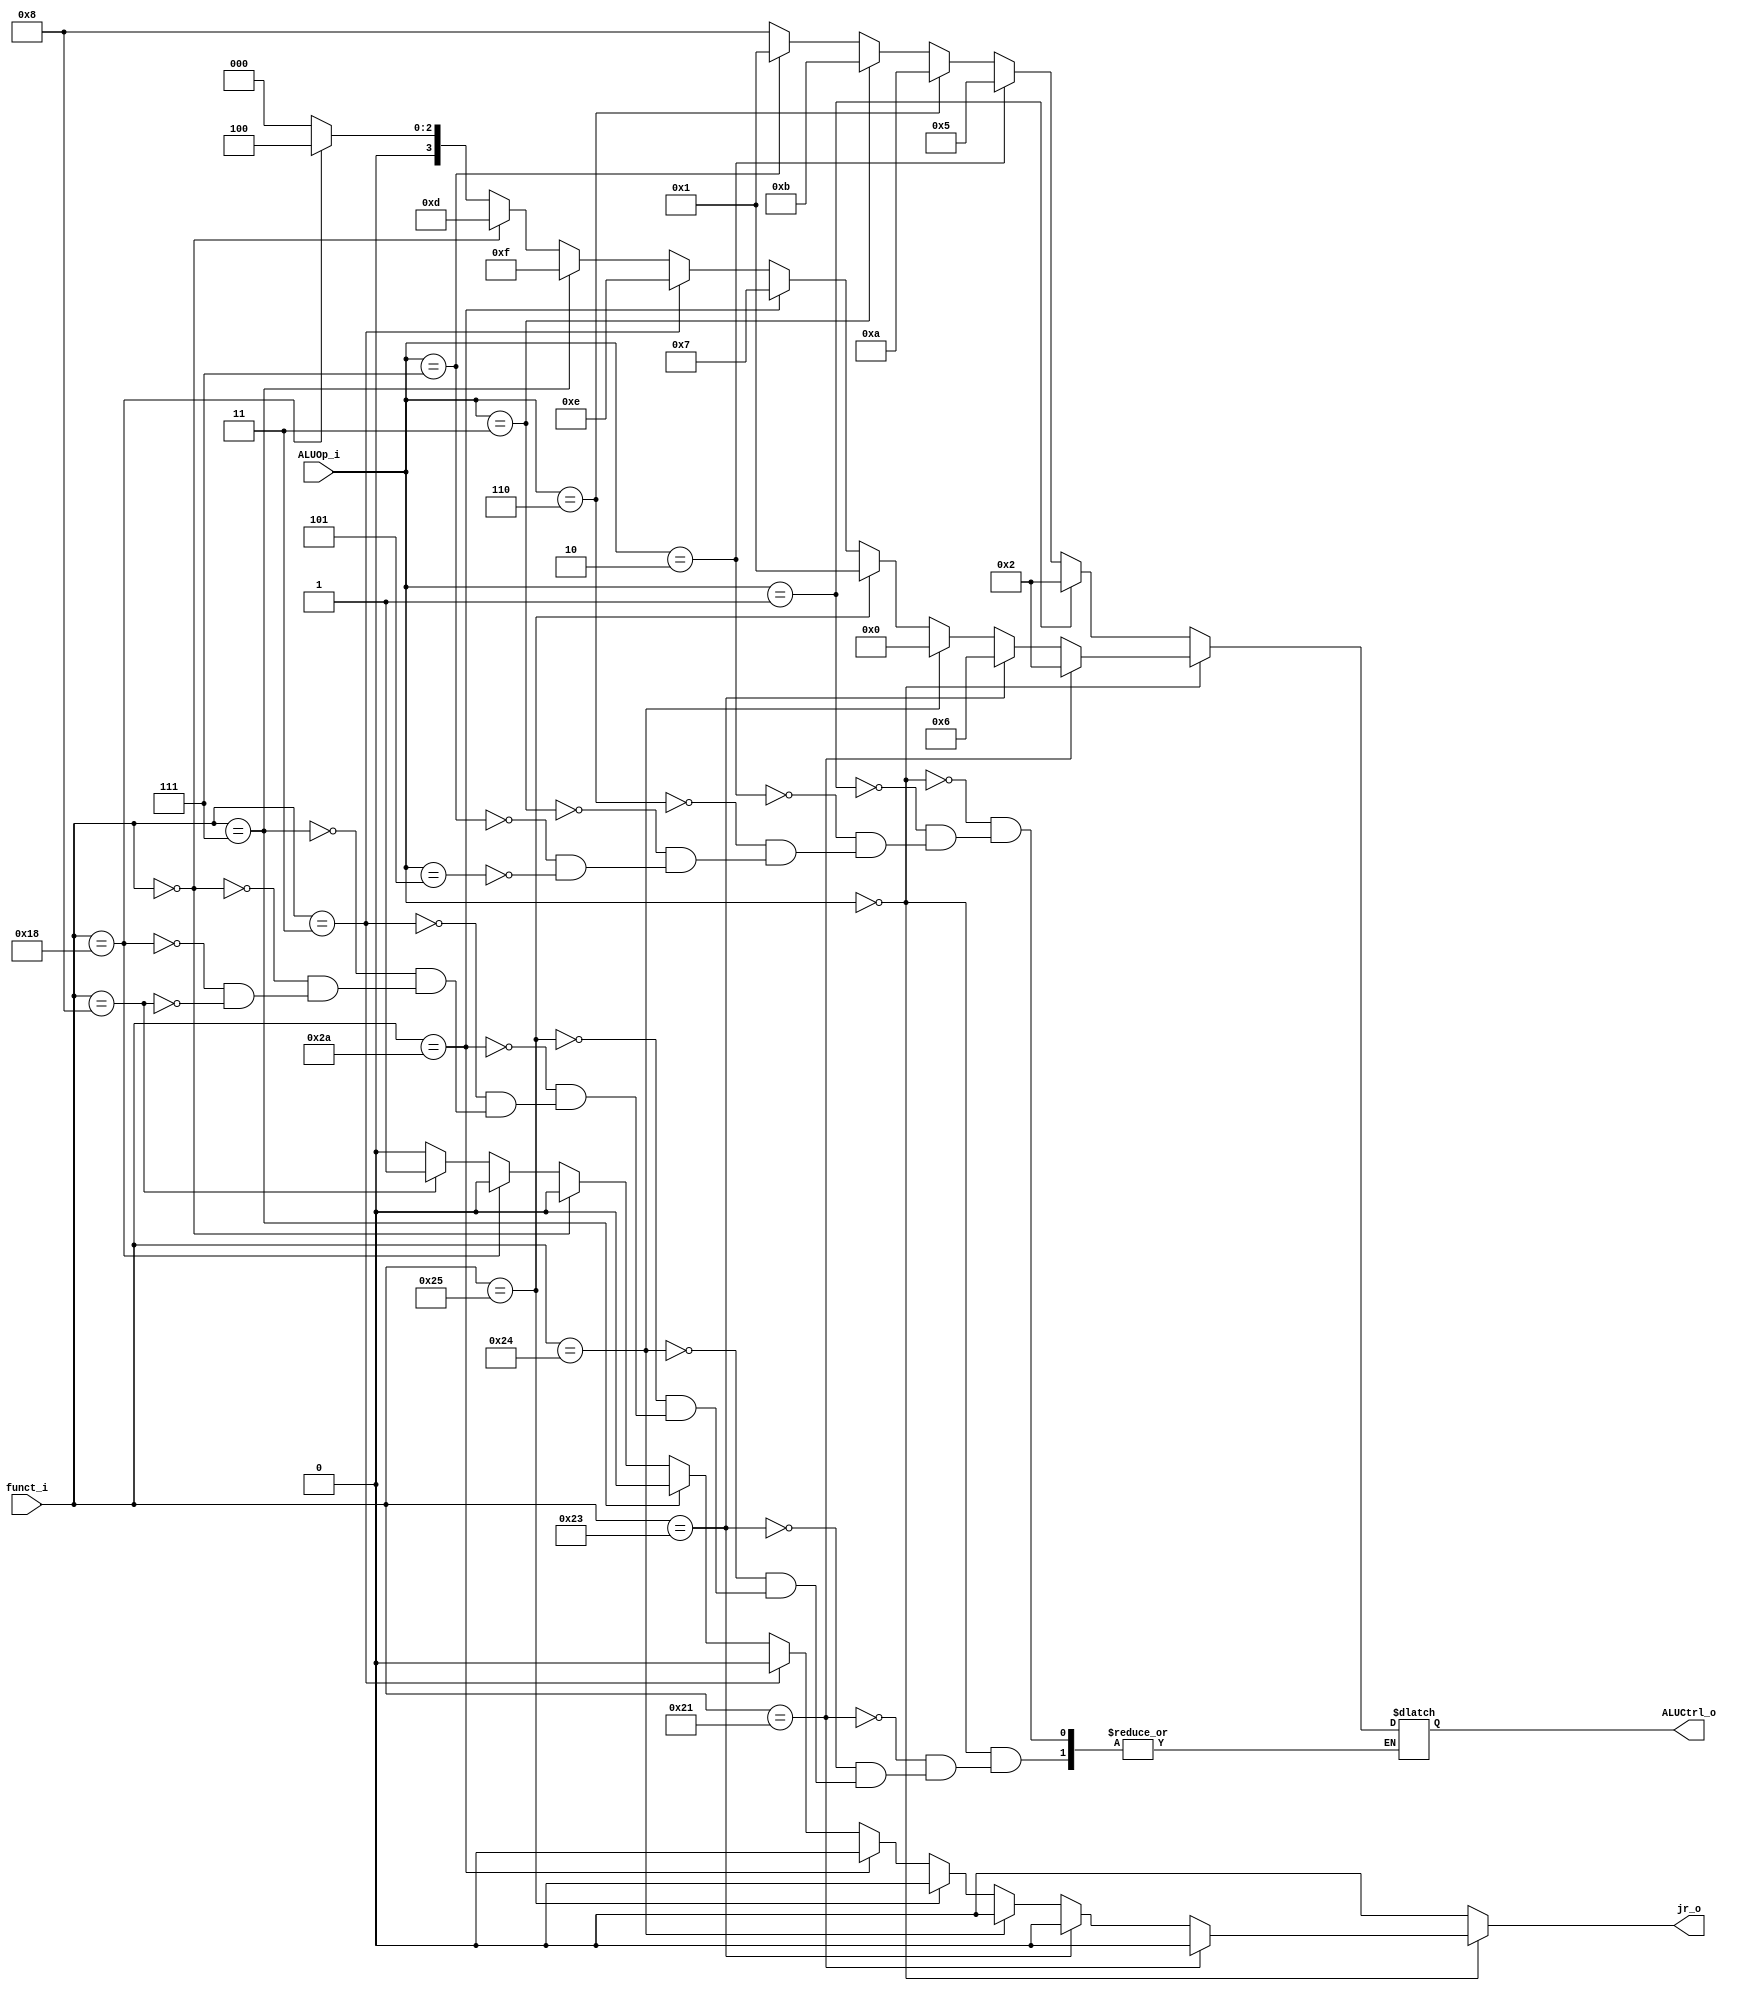

module ALU_Ctrl(
        funct_i,
        ALUOp_i,
        ALUCtrl_o,
		jr_o
        );

//I/O ports
input      [6-1:0] funct_i; //function code
input      [3-1:0] ALUOp_i; // aluop
output     [4-1:0] ALUCtrl_o; // 4 bit alu_controi to alu
output     jr_o;

//Internal Signals
reg        [4-1:0] ALUCtrl_o;
reg			jr_o;
//Select exact operation

always @( * ) begin
	jr_o <= 1'b0;
	if(ALUOp_i==3'b000)begin
		if(funct_i==6'b100001)begin //addu 		// ok
			ALUCtrl_o <= 4'b0010; //ADD
		end
		else if(funct_i==6'b100011)begin //subu
			ALUCtrl_o <= 4'b0110; //SUB
		end
		else if(funct_i==6'b100100)begin //and
			ALUCtrl_o <= 4'b0000; //AND
		end
		else if(funct_i==6'b100101)begin //or
			ALUCtrl_o <= 4'b0001; //OR
		end
		else if(funct_i==6'b101010)begin //slt
			ALUCtrl_o <= 4'b0111; //SLT		
		end
		else if(funct_i==6'b000011)begin //sra 		// ok
			ALUCtrl_o <= 4'b1110;		
		end	
		else if(funct_i==6'b000111)begin //srav 	// ok
			ALUCtrl_o <= 4'b1111;		
		end
		else if(funct_i==6'b000000)begin
			ALUCtrl_o <= 4'b1101;  //sLL		
		end
		else if(funct_i==6'b011000)begin
			ALUCtrl_o <= 4'b0100; //mul
		end
		else if(funct_i==6'b001000)begin //jr
			 ALUCtrl_o <= 4'b0000;
			 jr_o <= 1'b1;	
		end
	end	
	else if(ALUOp_i==3'b001)begin //addi
		ALUCtrl_o <= 4'b0010; //ADD
	end
	else if(ALUOp_i==3'b010)begin
		ALUCtrl_o <= 4'b0101; //sltiu
	end
	/*else if(ALUOp_i==3'b110)begin
		ALUCtrl_o <= 4'b1001; //bne
	end
	else if(ALUOp_i==3'b100)begin
		ALUCtrl_o <= 4'b0011; //beq
	end*/
	else if(ALUOp_i==3'b110)begin //branch
		ALUCtrl_o <= 4'b1010;
	end
	else if(ALUOp_i==3'b011)begin
		ALUCtrl_o <= 4'b1011; //LUI		//ok
	end
	else if(ALUOp_i==3'b111)begin
		ALUCtrl_o <= 4'b0001; //ori		//ok
	end
	else if(ALUOp_i==3'b101)begin
		ALUCtrl_o <= 4'b1000; // lw sw	
	end
end


endmodule